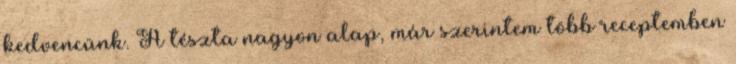
kedvencünk. A tészta nagyon alap, már szerintem több receptemben